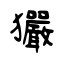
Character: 玁